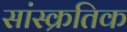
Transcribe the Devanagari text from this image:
सांस्क्रतिक